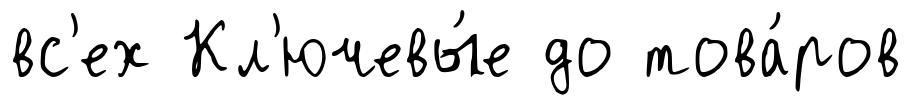
вс'ех Кл'ючевы́е до това́ров